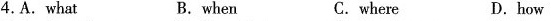
4.A.What B.when C.where D.how